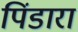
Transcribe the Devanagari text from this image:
पिंडारा